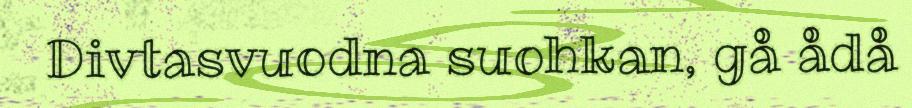
Divtasvuodna suohkan, gå ådå